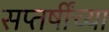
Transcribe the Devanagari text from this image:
सप्तर्षींच्या